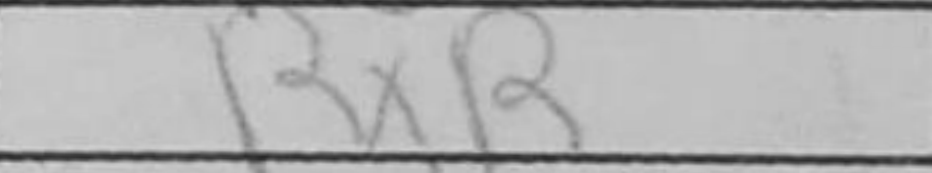
Transcription: RxR